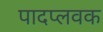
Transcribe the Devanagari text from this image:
पादप्लवक